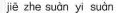
jiē zhe suàn yi suàn